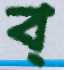
ব্